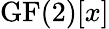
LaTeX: {\mathrm{GF}}(2)[x]